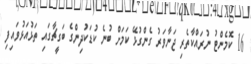
16 ކޮމެންޓު ނުރައްކާތެރި ޖަނާވަރު ގެންގުޅޭ ކަމަށް ބުނެ ކުޑަކުދިންގެ ބަގީޗާގައި ތަޅުއަޅުވައިފި